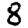
Digit: 8